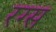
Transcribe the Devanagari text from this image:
रग्स